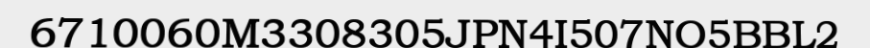
6710060M3308305JPN4I507NO5BBL2